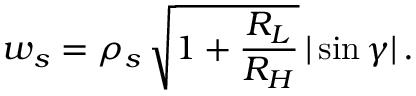
w _ { s } = \rho _ { s } \, \sqrt { 1 + \frac { R _ { L } } { R _ { H } } } \, | \sin \gamma | \, .